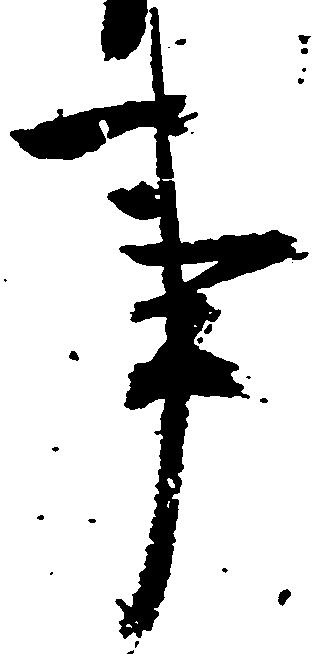
事